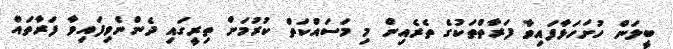
ބީލަން ހުށަހަޅާފައިވާ ފަރާތްތަކުގެ ތެރެއިން މި މަސައްކަތް ކުރުމަށް ތިރީގައި ދެންނެވިފައިވާ ފަރާތައް